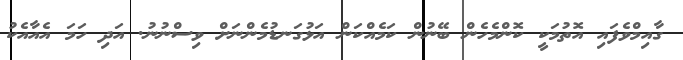
ގާއިމްވެފައި އޮތުމަކީ ކޮންމެހެން ބޭނުން ކަމެއްކަން އަޅުގަނޑުމެންނަށް ވިސްނުނު. އަދި ހަމަ އެއާއެކު